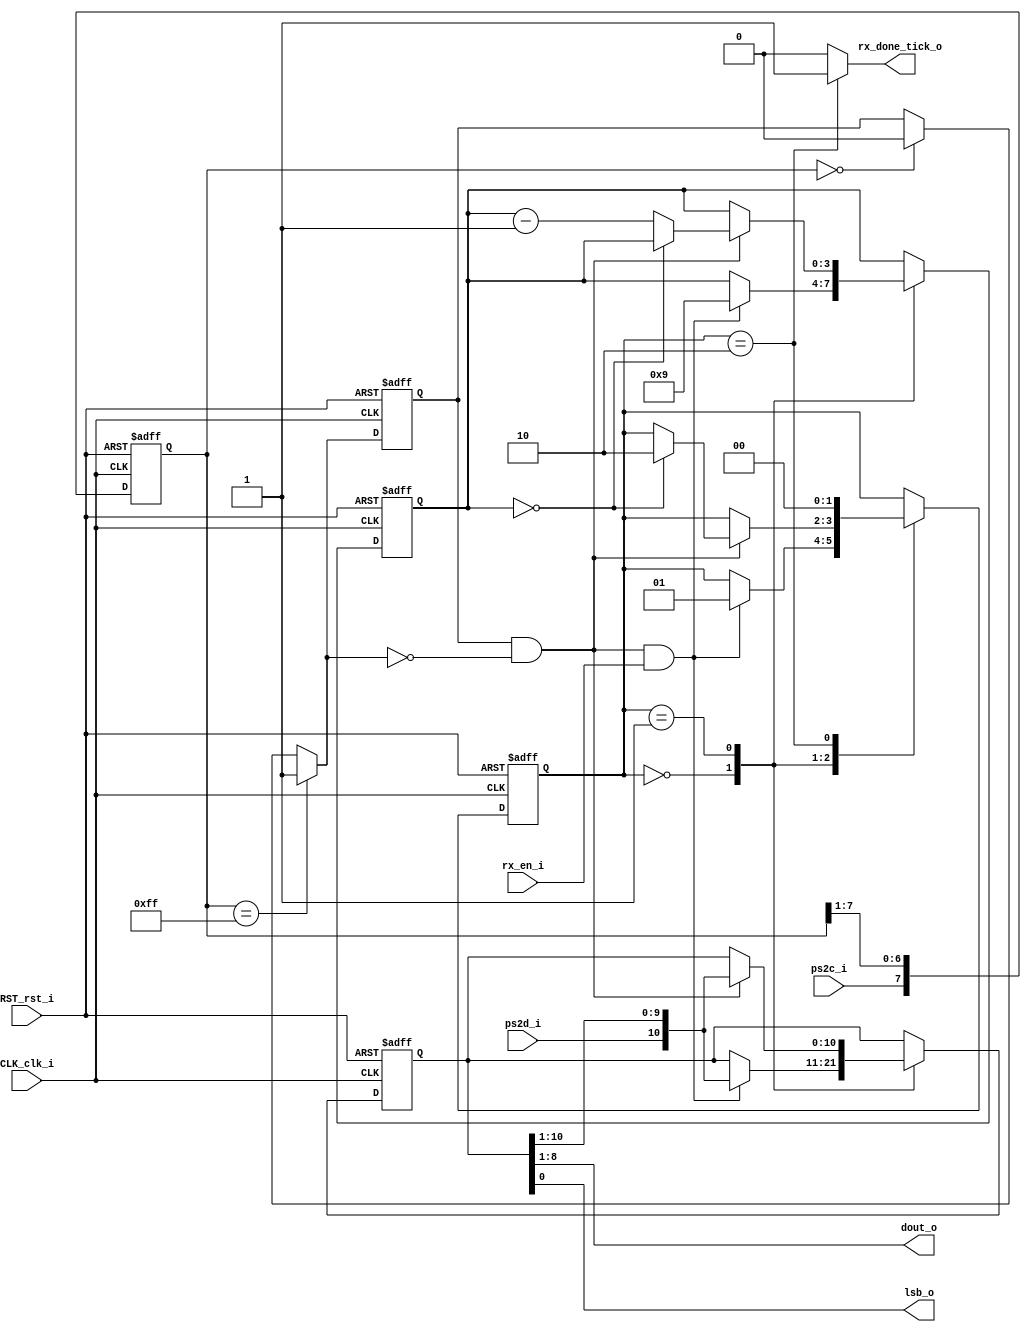
`timescale 1ns / 1ps
//////////////////////////////////////////////////////////////////////////////////
// Company: 
// Engineer: 
// 
// Design Name: 
// Module Name:    PS2 
// Project Name: 
// Target Devices: 
// Tool versions: 
// Description: 
//
// Dependencies: 
//
// Revision: 
// Revision 0.01 - File Created
// Additional Comments: 
//
//////////////////////////////////////////////////////////////////////////////////
module PS2(
	input wire CLK_clk_i, RST_rst_i,
	input wire ps2d_i, ps2c_i, rx_en_i,
	output reg rx_done_tick_o,
	output wire [7:0] dout_o,
	output wire lsb_o
 );
	
	//declaracion de los estados para la maquina de recepcion
	localparam [1:0]
	idle = 2 'b00,
	dps = 2'b01,
	load = 2'b10;
	
	//declaracion de seales
	reg [1:0] state_reg , state_next ;
	reg [7:0] filter_reg;
	wire [7:0] filter_next ;
	reg f_ps2c_i_reg ;
	wire f_ps2c_i_next ;
	reg [3:0] n_reg , n_next ;
	reg [10:0] b_reg, b_next;
	wire fall_edge ;
			
	
					
	//filtro y detector de caida del reloj para el ps2
	
	always @ (posedge CLK_clk_i , posedge RST_rst_i)
		if(RST_rst_i)
			begin
				filter_reg <= 0 ;
				f_ps2c_i_reg <= 0;
			end
		else
			begin
				filter_reg <= filter_next ;
				f_ps2c_i_reg <= f_ps2c_i_next ;
			end

		assign filter_next = {ps2c_i, filter_reg [7:1]};
		assign f_ps2c_i_next = (filter_reg==8'b11111111) ? 1'b1 :
									(filter_reg==8'b00000000) ? 1'b0 :
									f_ps2c_i_reg;
		assign fall_edge = f_ps2c_i_reg & ~f_ps2c_i_next;
			
		//maquina de estados y registros de datos
		
		always @(posedge CLK_clk_i , posedge RST_rst_i )
			if (RST_rst_i)
				begin
					state_reg <= idle;
					n_reg <= 0;
					b_reg <= 0;
				end
			else
				begin
					state_reg <= state_next ;
					n_reg <= n_next;
					b_reg <= b_next;
				end
		
		//FSMD next-state logic
		always @*
		begin
			state_next <= state_reg;
			rx_done_tick_o <= 1'b0;
			n_next <= n_reg;
			b_next <= b_reg;
		case(state_reg)
			idle:
				if(fall_edge & rx_en_i)
					begin
					// shift al bit de inicio
						b_next <= {ps2d_i, b_reg [10:1]};
						n_next <= 4'b1001;
						state_next <= dps;
					end
			dps: //paquete de 8 bits, bit de paridad y de parada
				if(fall_edge)
					begin
						b_next <= {ps2d_i, b_reg [10:1]};
					if(n_reg==0)
						state_next <= load;
					else
						n_next <= n_reg - 1'b1;
					end
			load: // 1 reloj extra para el ultimo desplazamiento
				begin
					state_next <= idle;
					rx_done_tick_o <= 1'b1;
				end
		endcase
		end
	// salida
	assign dout_o = b_reg[8:1]; // bits de datos
	assign lsb_o = b_reg[0];
		
endmodule